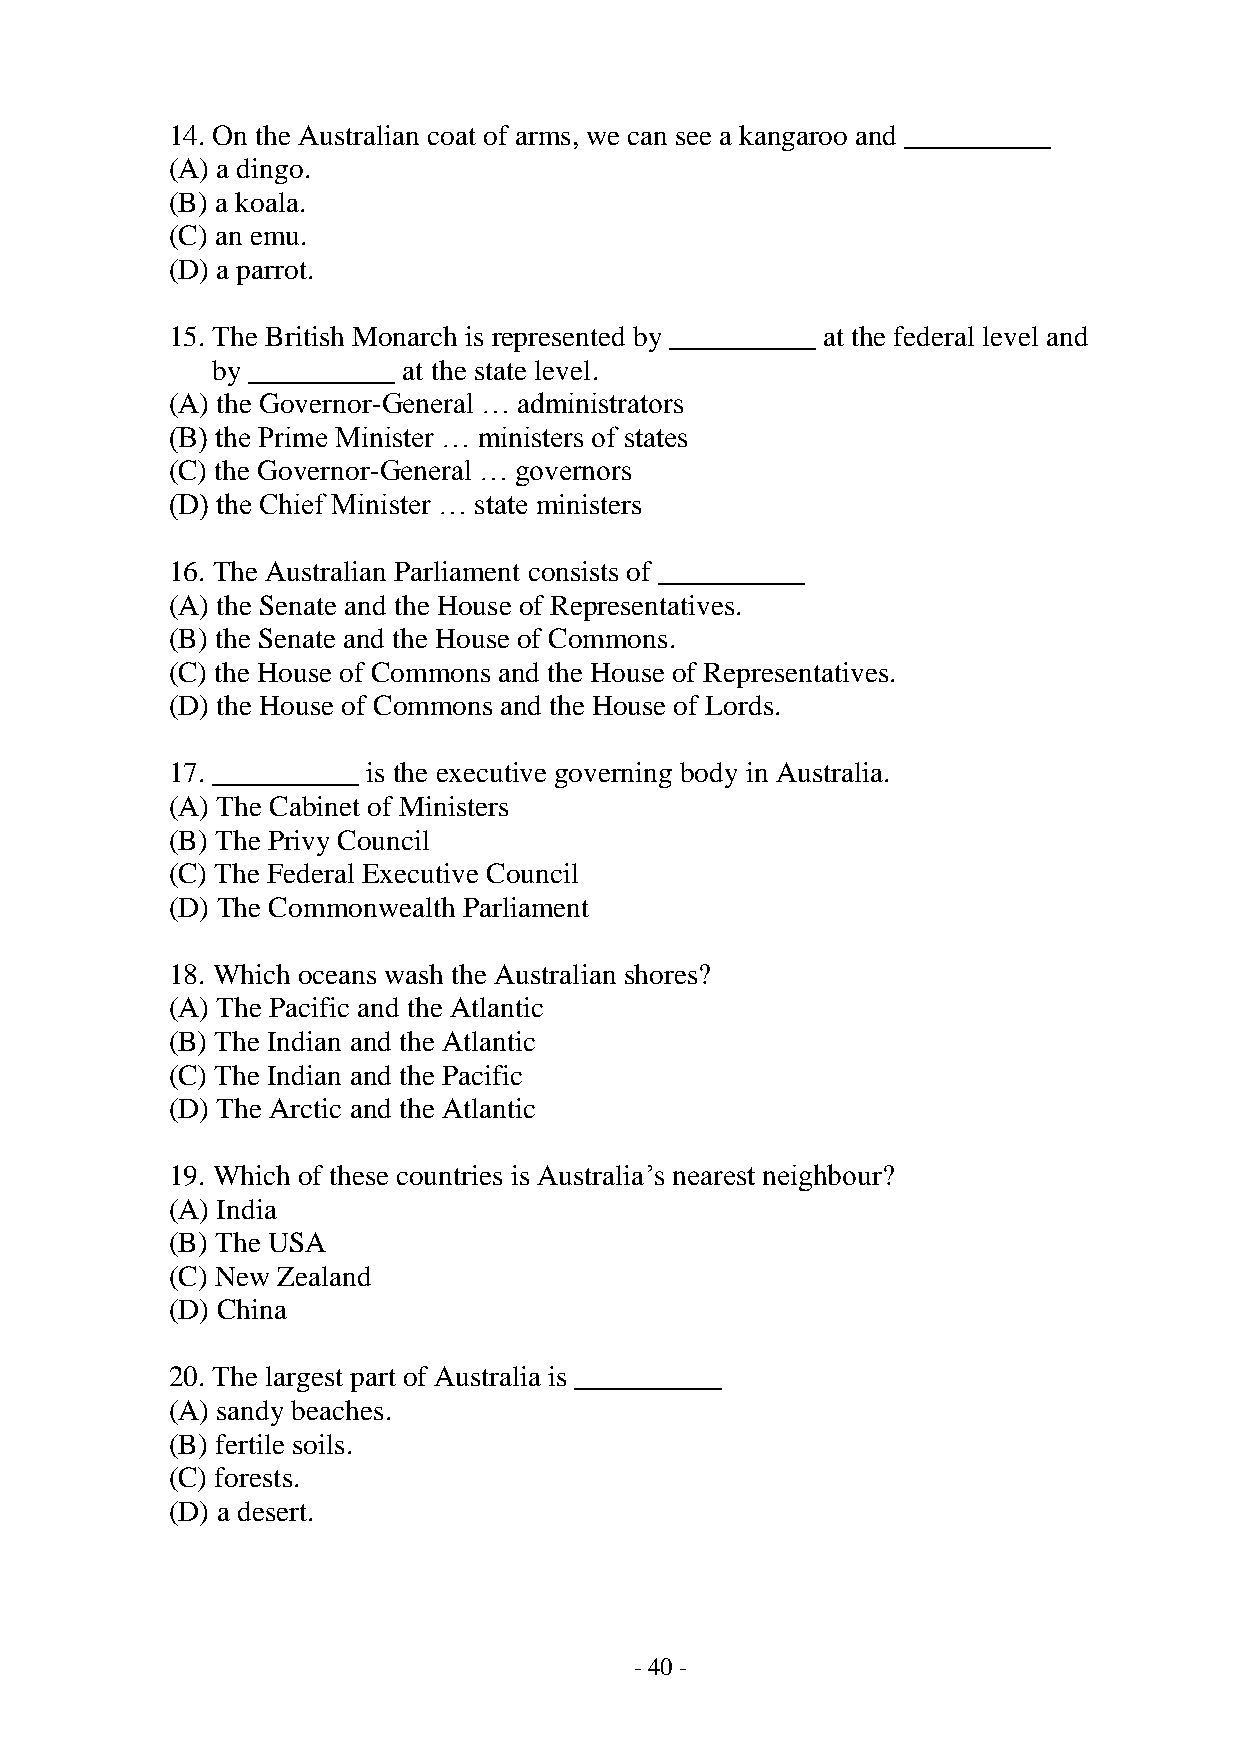
14. On the Australian coat of arms, we can see a kangaroo and __________
 (A) a dingo.
 (B) a koala.
 (C) an emu.
 (D) a parrot.
 15. The British Monarch is represented by __________ at the federal level and
 by __________ at the state level.
 (A) the Governor-General … administrators
 (B) the Prime Minister … ministers of states
 (C) the Governor-General … governors
 (D) the Chief Minister … state ministers
 16. The Australian Parliament consists of __________
 (A) the Senate and the House of Representatives.
 (B) the Senate and the House of Commons.
 (C) the House of Commons and the House of Representatives.
 (D) the House of Commons and the House of Lords.
 17. __________ is the executive governing body in Australia.
 (A) The Cabinet of Ministers
 (B) The Privy Council
 (C) The Federal Executive Council
 (D) The Commonwealth Parliament
 18. Which oceans wash the Australian shores?
 (A) The Pacific and the Atlantic
 (B) The Indian and the Atlantic
 (C) The Indian and the Pacific
 (D) The Arctic and the Atlantic
 19. Which of these countries is Australia’s nearest neighbour?
 (A) India
 (B) The USA
 (C) New Zealand
 (D) China
 20. The largest part of Australia is __________
 (A) sandy beaches.
 (B) fertile soils.
 (C) forests.
 (D) a desert.
 - 40 -